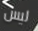
ليس